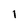
Character: l